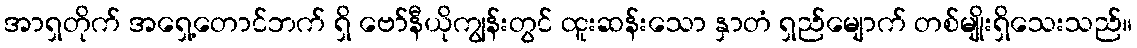
အာရှတိုက် အရှေ့တောင်ဘက် ရှိ ဗော်နီယိုကျွန်းတွင် ထူးဆန်းသော နှာတံ ရှည်မျောက် တစ်မျိုးရှိသေးသည်။